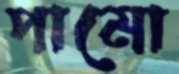
পামো